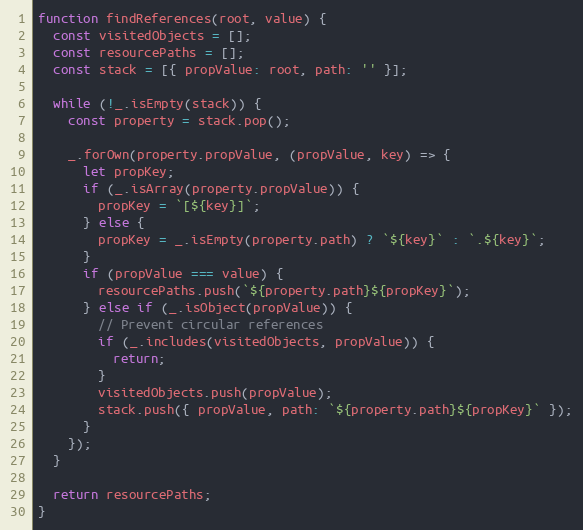
Language: JavaScript
function findReferences(root, value) {
  const visitedObjects = [];
  const resourcePaths = [];
  const stack = [{ propValue: root, path: '' }];

  while (!_.isEmpty(stack)) {
    const property = stack.pop();

    _.forOwn(property.propValue, (propValue, key) => {
      let propKey;
      if (_.isArray(property.propValue)) {
        propKey = `[${key}]`;
      } else {
        propKey = _.isEmpty(property.path) ? `${key}` : `.${key}`;
      }
      if (propValue === value) {
        resourcePaths.push(`${property.path}${propKey}`);
      } else if (_.isObject(propValue)) {
        // Prevent circular references
        if (_.includes(visitedObjects, propValue)) {
          return;
        }
        visitedObjects.push(propValue);
        stack.push({ propValue, path: `${property.path}${propKey}` });
      }
    });
  }

  return resourcePaths;
}